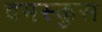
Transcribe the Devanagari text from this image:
दमस्कुस